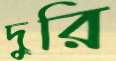
দুরি